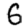
Digit: 6